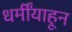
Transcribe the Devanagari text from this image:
धर्मींयाहून